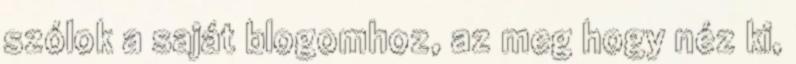
szólok a saját blogomhoz, az meg hogy néz ki,